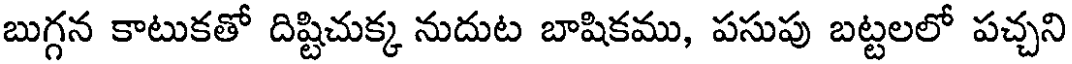
బుగ్గన కాటుకతో దిష్టిచుక్క నుదుట బాషికము, పసుపు బట్టలలో పచ్చని